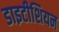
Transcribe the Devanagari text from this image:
डाइटीशियन